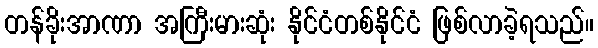
တန်ခိုးအာဏာ အကြီးမားဆုံး နိုင်ငံတစ်နိုင်ငံ ဖြစ်လာခဲ့ရသည်။